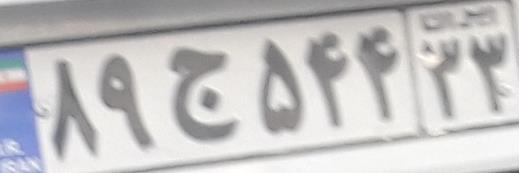
۸۹ج۵۴۴۳۳